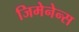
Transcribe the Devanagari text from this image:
जिमेनेन्स